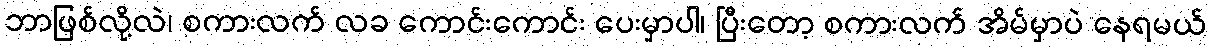
ဘာဖြစ်လို့လဲ၊ စကားလက် လခ ကောင်းကောင်း ပေးမှာပါ၊ ပြီးတော့ စကားလက် အိမ်မှာပဲ နေရမယ်